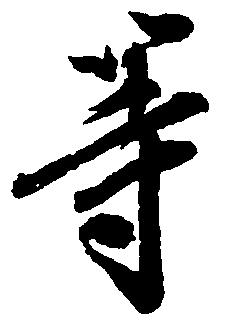
等